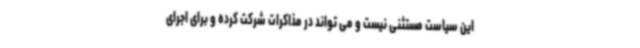
این سیاست مستثنی نیست و می تواند در مذاکرات شرکت کرده و برای اجرای